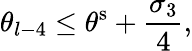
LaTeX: \theta_{l-4}\leq\theta^{\mathrm{s}}+\frac{\sigma_{3}}{4},